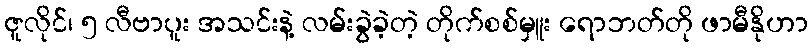
ဇူလိုင်၊ ၅ လီဗာပူး အသင်းနဲ့ လမ်းခွဲခဲ့တဲ့ တိုက်စစ်မှူး ရောဘတ်တို ဖာမီနိုဟာ